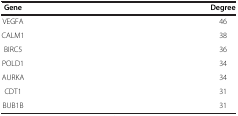
| Gene | Degree |
 | --- | --- |
 | VEGFA | 46 |
 | CALM1 | 38 |
 | BIRC5 | 36 |
 | POLD1 | 34 |
 | AURKA | 34 |
 | CDT1 | 31 |
 | BUB1B | 31 |